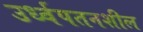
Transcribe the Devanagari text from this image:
उर्ध्वपतनशील